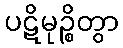
ပဋိမုဉ္စိတွာ